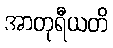
အာတုရီယတိ